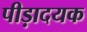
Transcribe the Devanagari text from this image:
पीड़ादयक